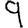
Digit: 9